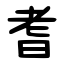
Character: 耆